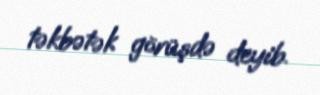
təkbətək görüşdə deyib.